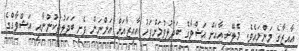
އާއިޒާގެ މަންމައެވެ. މެލޭޝިއާއަށް އަޝްވާގެ ބަދަލުވުމަށްފަހު އާއިޒާއަށް އަންނަން ފެށި ބަދަލުތަކުންނާއި އަޝްވާގްގެ